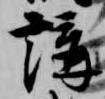
講